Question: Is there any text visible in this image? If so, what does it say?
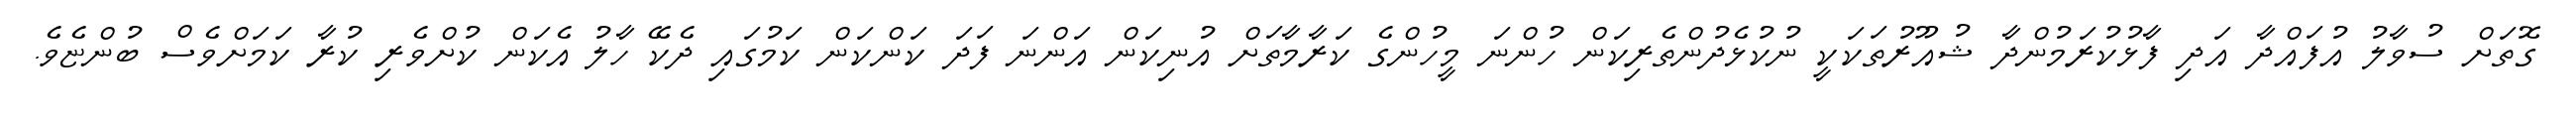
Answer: ގޮތަށް ސުވާލު އުފައްދާ އަދި ފާޅުކުރަމުންދާ ޝުއޫރުތަކަކީ ނުކުޅެދުންތެރިކަން ހުންނަ މީހުންގެ ކަރާމާތަށް އުނިކަން އަންނަ ފަދަ ކަންކަން ކަމުގައި ދެކޭ ހާލު އެކަން ކުށްވެރި ކުރާ ކަމަށްވެސް ބުންޏެވެ.